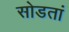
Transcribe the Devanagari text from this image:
सोडतां